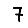
Digit: 7